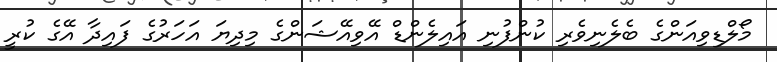
މޯލްޑިވިއަންގެ ބެލެނިވެރި ކުންފުނި އައިލެންޑް އޭވިއޭޝަންގެ މިދިޔަ އަހަރުގެ ފައިދާ އޭގެ ކުރީ